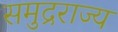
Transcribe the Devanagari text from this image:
समुद्रराज्य